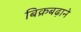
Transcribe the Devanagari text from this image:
बिक्रबढ़ाने